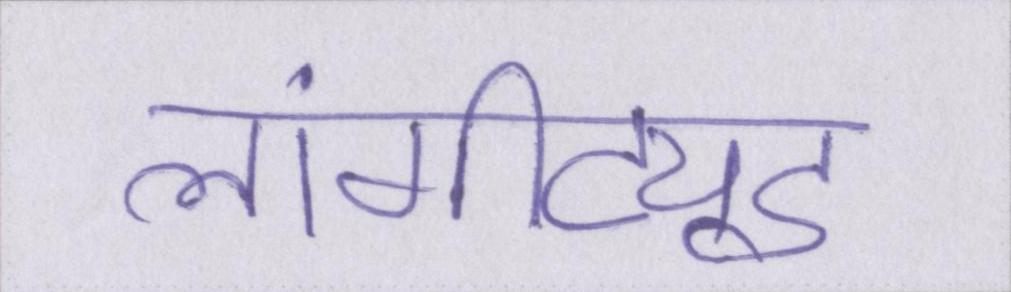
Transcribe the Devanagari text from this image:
लांगीट्यूड